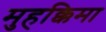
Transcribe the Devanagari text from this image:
मुहक्किमा